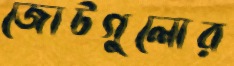
জোটগুলোর